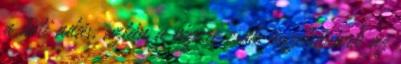
a heti adás, aztán a végére csak összekapunk az